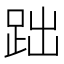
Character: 𧿺